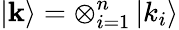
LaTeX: \left\vert\mathbf{k}\right\rangle=\otimes_{i=1}^{n}\left\vert k_{i}\right\rangle